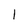
Character: 1